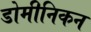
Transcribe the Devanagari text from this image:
डोमीनिकन